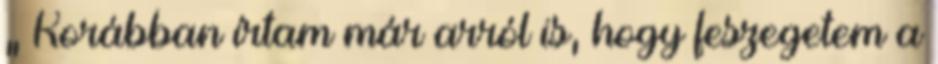
„ Korábban írtam már arról is, hogy feszegetem a